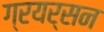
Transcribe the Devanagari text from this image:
ग्रयर्सन